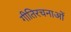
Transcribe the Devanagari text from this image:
गीतिरचनाओं